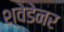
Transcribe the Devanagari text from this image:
श्वेडेनर